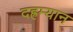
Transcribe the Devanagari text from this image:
दह्रम्यान